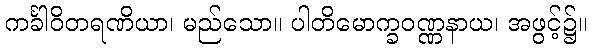
ကင်္ခါဝိတရဏိယာ၊ မည်သော။ ပါတိမောက္ခဝဏ္ဏနာယ၊ အဖွင့်၌။